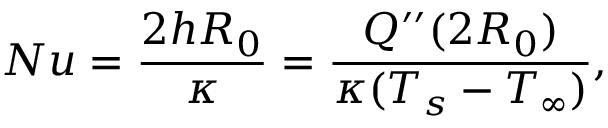
N u = \frac { 2 h R _ { 0 } } { \kappa } = \frac { Q ^ { \prime \prime } ( 2 R _ { 0 } ) } { \kappa ( T _ { s } - T _ { \infty } ) } ,